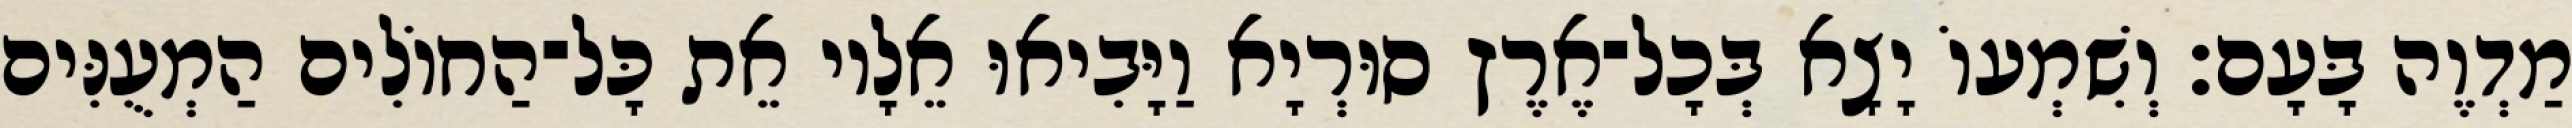
מַדְוֶה בָּעָם׃ וְשִׁמְעוֹ יָצָא בְּכָל־אֶרֶץ סוּרְיָא וַיָּבִיאוּ אֵלָיו אֵת כָּל־הַחוֹלִים הַמְעֻנִּים